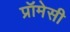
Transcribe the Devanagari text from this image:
प्रॉमेसी